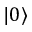
| 0 \rangle